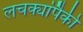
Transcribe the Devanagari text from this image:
लचक्यांपैकी